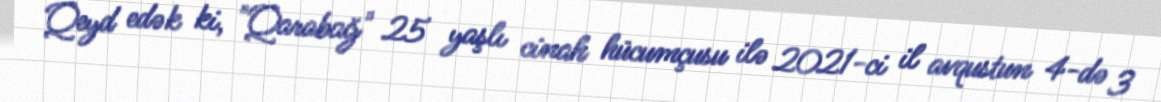
Qeyd edək ki, "Qarabağ" 25 yaşlı cinah hücumçusu ilə 2021-ci il avqustun 4-də 3